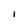
Character: I